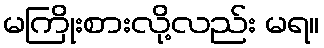
မကြိုးစားလို့လည်း မရ။